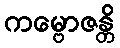
ကမ္ဗောဇန္တိ